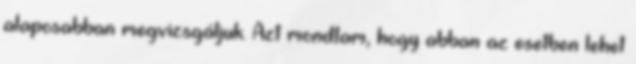
alaposabban megvizsgáljuk. Azt mondtam, hogy abban az esetben lehet